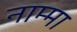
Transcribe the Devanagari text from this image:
नाम्मा